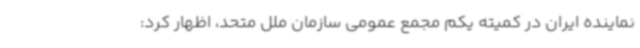
نماینده ایران در کمیته یکم مجمع عمومی سازمان ملل متحد، اظهار کرد: